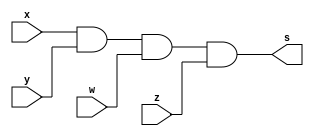
/* Exercicio 08
** Wadson Gomes Ferreira
** 460631
** Tabela-verdade AND 4 entradas
*/

module fourAND(output s, input x, input y, input w, input z);
       assign s = x & y & w & z;
endmodule

module teste;
       reg a,b,c,d;
       wire s;
       fourAND T1(s,a,b,c,d);
       initial begin
         #1 a=0; b=0; c=0; d=0;
         #1
           $display("Exercicio08 - Wadson Gomes Ferreira - 460631");
           $display("Tabela-Verdade AND de 4 entradas");
           $monitor("a=%b , b=%b, c=%b, d=%b => %b",a,b,c,d,s);
         #1 a=0; b=0; c=0; d=1;
         #1 a=0; b=0; c=1; d=0;
         #1 a=0; b=0; c=1; d=0;
         #1 a=0; b=1; c=0; d=0;
         #1 a=0; b=1; c=0; d=1;
         #1 a=0; b=1; c=1; d=0;
         #1 a=0; b=1; c=1; d=1;
         #1 a=1; b=0; c=0; d=0;
         #1 a=1; b=0; c=0; d=1;
         #1 a=1; b=0; c=1; d=0;
         #1 a=1; b=0; c=1; d=1;
         #1 a=1; b=1; c=0; d=0;
         #1 a=1; b=1; c=0; d=1;
         #1 a=1; b=1; c=1; d=0;
         #1 a=1; b=1; c=1; d=1;
       end
endmodule